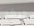
كيف